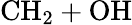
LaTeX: \mathrm{CH_{2}+OH}